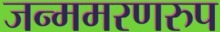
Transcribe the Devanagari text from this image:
जन्ममरणरुप